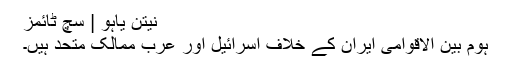
نیتن یاہو | سچ ٹائمز
ہوم بین الاقوامی ایران کے خلاف اسرائیل اور عرب ممالک متحد ہیں۔